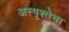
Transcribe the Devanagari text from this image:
अस्पृश्तेचा